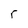
Character: r